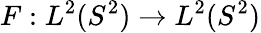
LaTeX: F:L^{2}(S^{2})\rightarrow L^{2}(S^{2})